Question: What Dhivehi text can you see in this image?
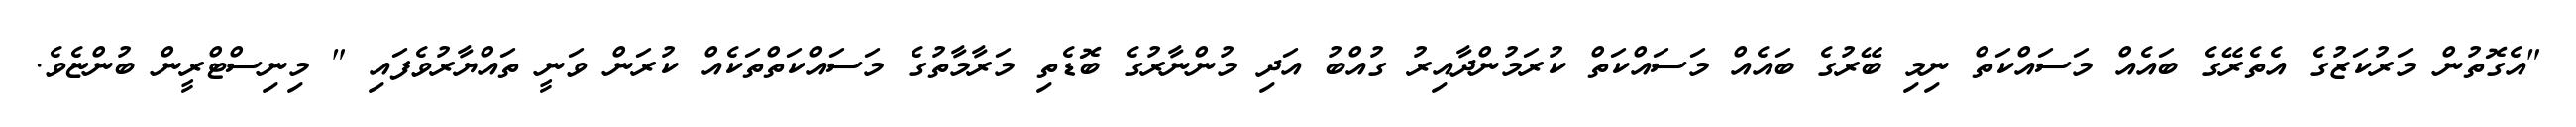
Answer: "އެގޮތުން މަރުކަޒުގެ އެތެރޭގެ ބައެއް މަސައްކަތް ނިމި ބޭރުގެ ބައެއް މަސައްކަތް ކުރަމުންދާއިރު ގުއްބު އަދި މުންނާރުގެ ބޮޑެތި މަރާމާތުގެ މަސައްކަތްތަކެއް ކުރަން ވަނީ ތައްޔާރުވެފައި " މިނިސްޓްރީން ބުންޏެވެ.